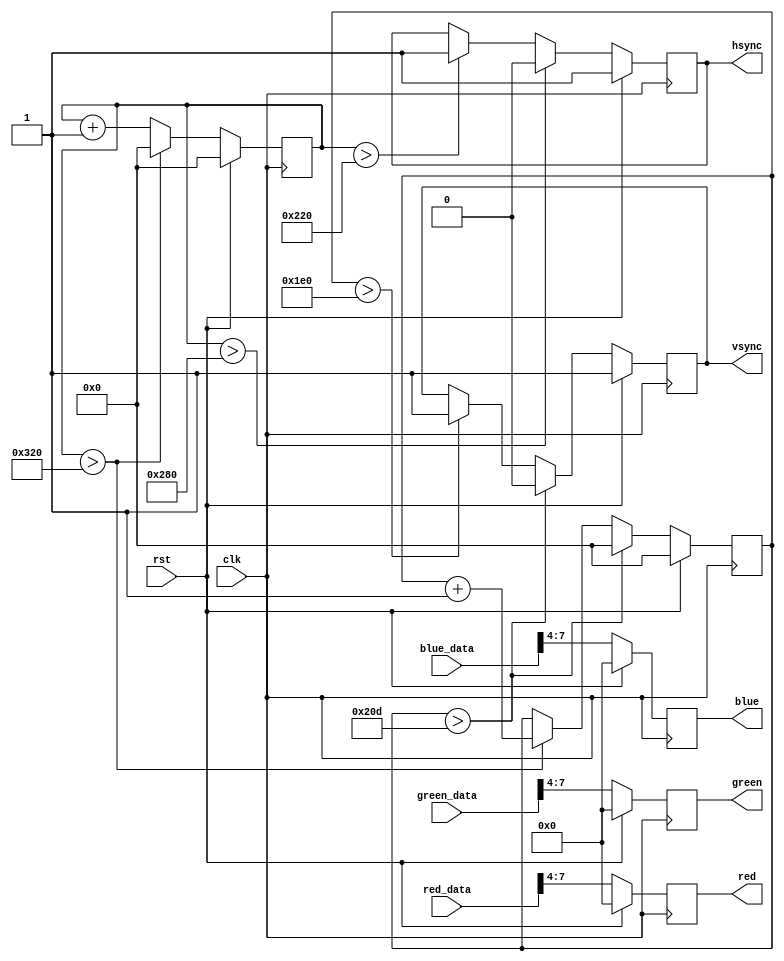
module vga_controller(
    input wire clk,
    input wire rst,
    
    // Input pixel data signals
    input wire [7:0] red_data,
    input wire [7:0] green_data,
    input wire [7:0] blue_data,
    
    // Output VGA signals
    output reg hsync,
    output reg vsync,
    output reg [3:0] red,
    output reg [3:0] green,
    output reg [3:0] blue
);

// Define constants for VGA display parameters
parameter H_DISPLAY = 640;
parameter H_FRONT = 16;
parameter H_SYNC = 96;
parameter H_BACK = 48;
parameter H_TOTAL = H_DISPLAY + H_FRONT + H_SYNC + H_BACK;

parameter V_DISPLAY = 480;
parameter V_FRONT = 10;
parameter V_SYNC = 2;
parameter V_BACK = 33;
parameter V_TOTAL = V_DISPLAY + V_FRONT + V_SYNC + V_BACK;

reg [9:0] h_counter = 0;
reg [9:0] v_counter = 0;

always @(posedge clk) begin
    if (rst) begin
        h_counter <= 0;
        v_counter <= 0;
        
        hsync <= 1;
        vsync <= 1;
        red <= 4'b0000;
        green <= 4'b0000;
        blue <= 4'b0000;
    end else begin
        h_counter <= h_counter + 1;
        
        if (h_counter > H_TOTAL) begin
            h_counter <= 0;
            v_counter <= v_counter + 1;
        end
        
        if (v_counter > V_TOTAL) begin
            v_counter <= 0;
            vsync <= 0;
        end else if (v_counter > V_DISPLAY) begin
            vsync <= 1;
        end
        
        if (h_counter > H_DISPLAY) begin
            hsync <= 0;
        end else if (h_counter > H_DISPLAY - H_SYNC) begin
            hsync <= 1;
        end
        
        // Map pixel data to color values
        red <= red_data[7:4];
        green <= green_data[7:4];
        blue <= blue_data[7:4];
    end
end

endmodule